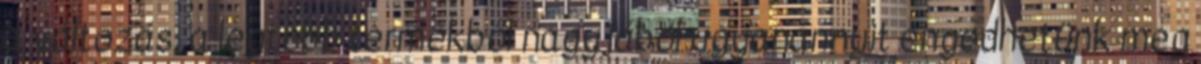
a változás, a legtöbb termékből nagyjából ugyanannyit engedhetünk meg